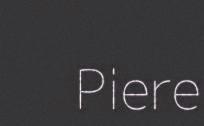
Piere